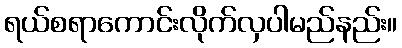
ရယ်စရာကောင်းလိုက်လှပါမည်နည်း။